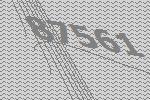
87561